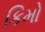
કિમો